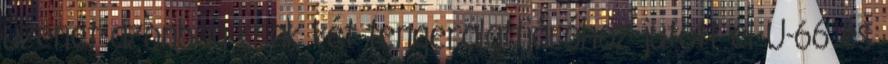
üzenet azonban csak két tengeralattjáróhoz jutott el U-66 és